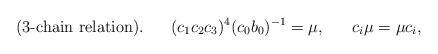
LaTeX: \begin{align*} {\rm (3}\textrm{-}{\rm chain \ relation).}\ \ \ \ \ (c_1 c_2 c_3)^4 ( c_0 b_0)^{-1} = \mu, \ \ \ \ \ c_i \mu= \mu c_i, \end{align*}